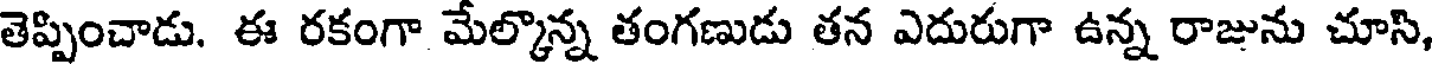
తెప్పించాడు. ఈ రకంగా మేల్కొన్న తంగణుడు తన ఎదురుగా ఉన్న రాజును చూసి,